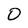
Character: O